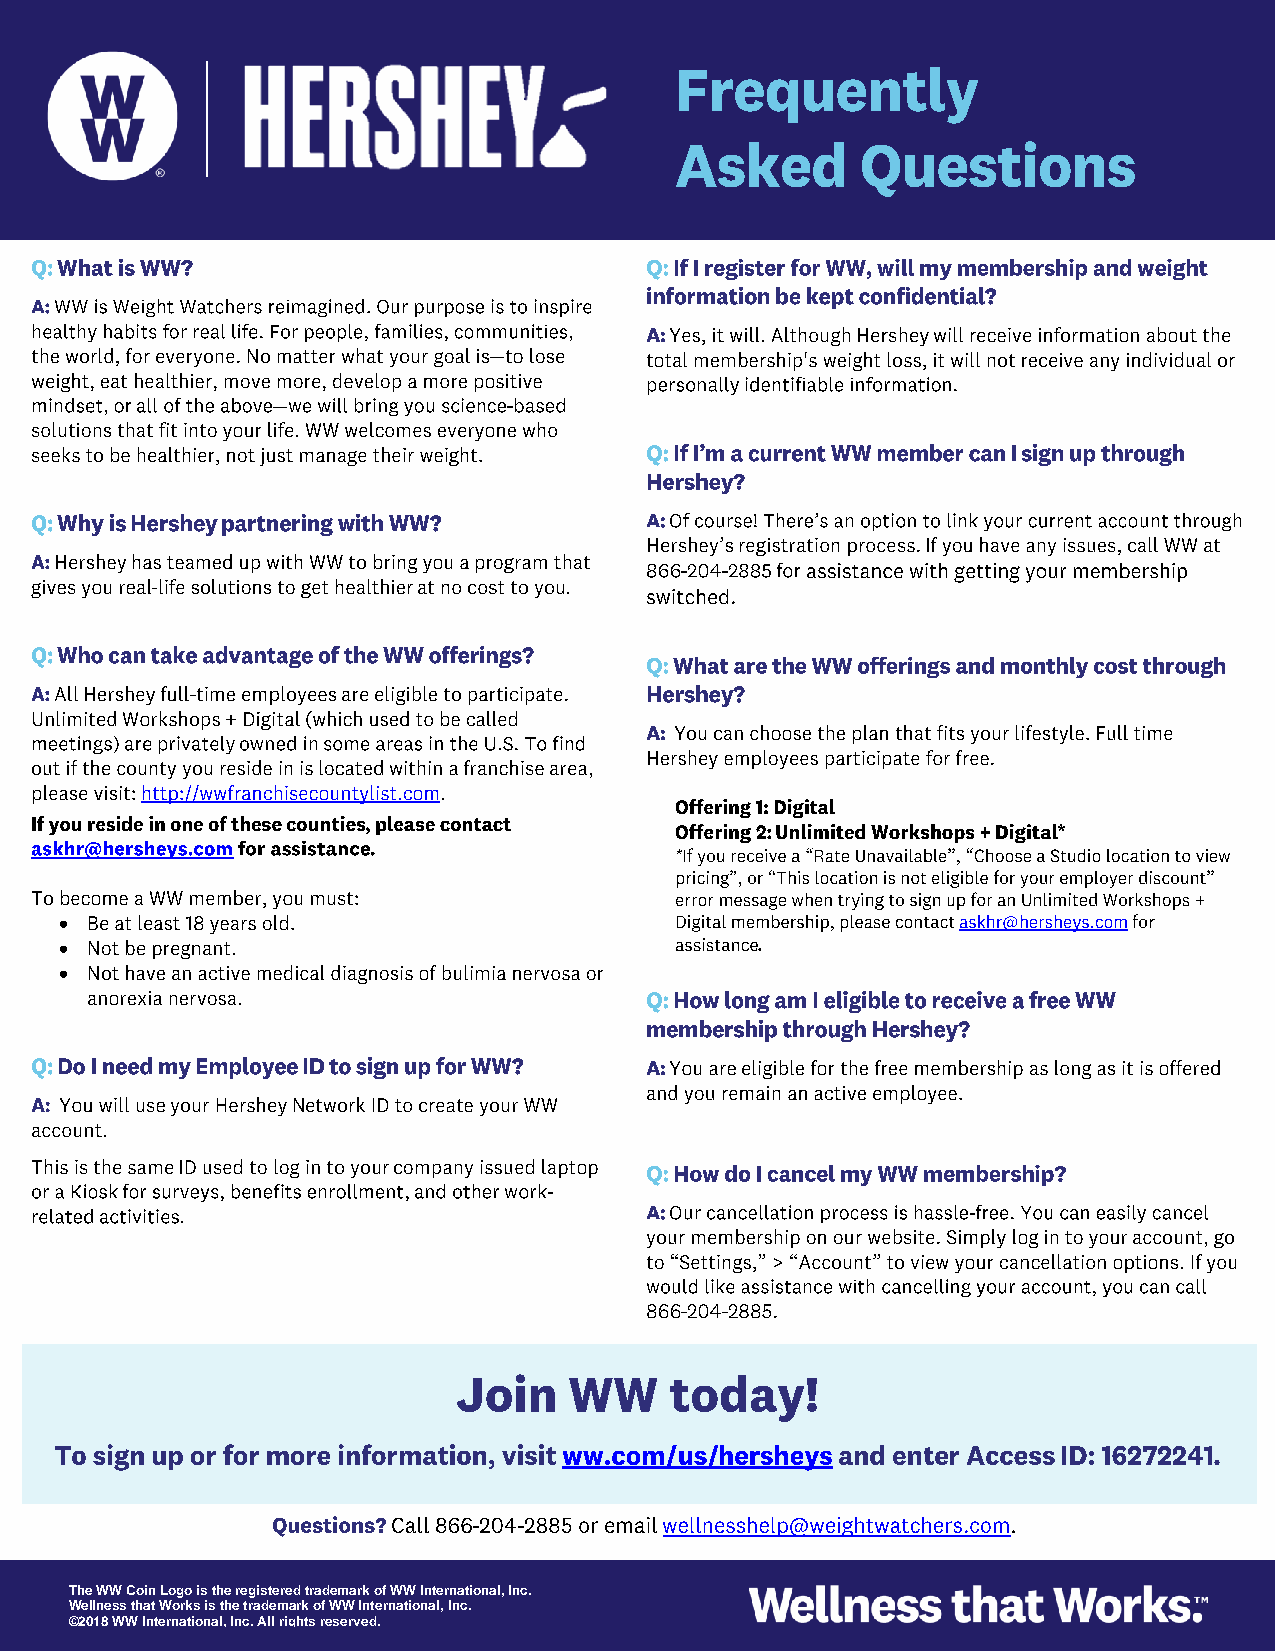
•
 •
 •
 The WW Coin Logo is the registered trademark of WW International, Inc.
 Wellness that Works is the trademark of WW International, Inc.
 ©2018 WW International, Inc. All rights reserved.